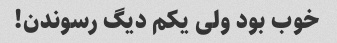
خوب بود ولی یکم دیگ رسوندن!